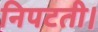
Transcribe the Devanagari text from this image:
निपटती।